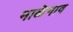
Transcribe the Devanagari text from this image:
माळॆगाव